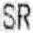
SR